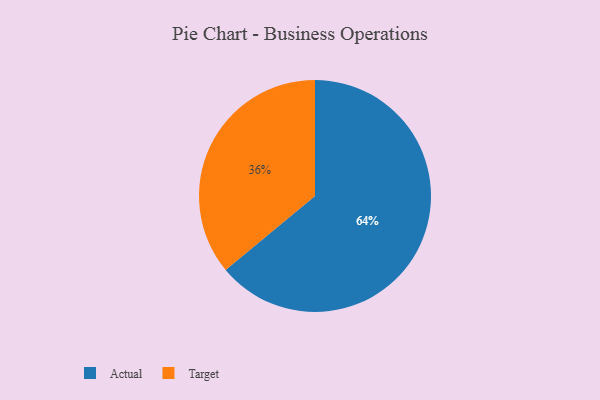
{"axis": {"x": "Category", "y": "Percentage"}, "legend": ["Actual", "Target"], "data": [{"x": "Actual", "y": 64, "type": "Actual"}, {"x": "Target", "y": 36, "type": "Target"}]}